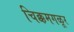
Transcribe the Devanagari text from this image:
चिक्कमगळूर